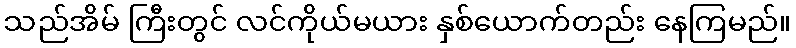
သည်အိမ် ကြီးတွင် လင်ကိုယ်မယား နှစ်ယောက်တည်း နေကြမည်။